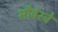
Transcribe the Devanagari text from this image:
सौवेस्ट्रे